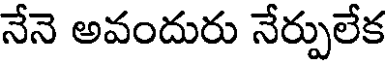
నేనె అవందురు నేర్పులేక